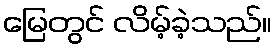
မြေတွင် လိမ့်ခဲ့သည်။